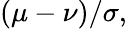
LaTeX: (\mu-\nu)/\sigma,